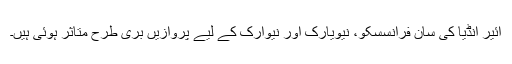
ائیر انڈیا کی سان فرانسسکو، نیویارک اور نیوارک کے لیے پروازیں بری طرح متاثر ہوئی ہیں۔